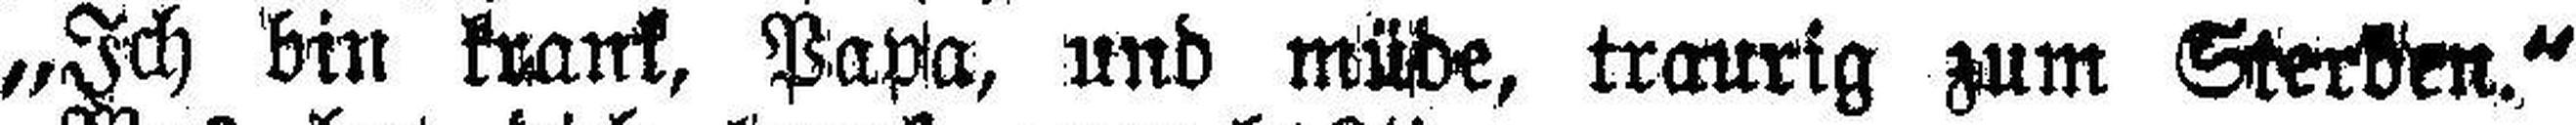
„Ich bin krank, Papa, und müde, traurig zum Sterben.“